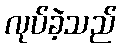
လုပ်ခဲ့သည်